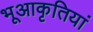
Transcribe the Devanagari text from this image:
भूआकृतियां